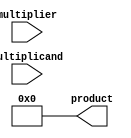
module booth_multiplier #(parameter WIDTH = 8) (
    input signed [WIDTH-1:0] multiplicand,
    input signed [WIDTH-1:0] multiplier,
    output reg signed [2*WIDTH-1:0] product
);

    // Booth encoding
    reg [WIDTH+1:0] booth_multiplier_reg;
    reg [WIDTH-1:0] partial_products [0:WIDTH]; // Array to hold partial products
    integer i;

    // Generate partial products based on Booth encoding
    always @(*) begin
        booth_multiplier_reg = {1'b0, multiplier, 1'b0}; // Extend multiplier with extra bits
        product = 0; // Initialize product

        // Generate partial products
        for (i = 0; i < WIDTH; i = i + 1) begin
            case (booth_multiplier_reg[i+1:i])
                2'b00: partial_products[i] = 0; // 0
                2'b01: partial_products[i] = multiplicand << i; // +M
                2'b10: partial_products[i] = -multiplicand << i; // -M
                2'b11: partial_products[i] = 0; // 0
            endcase
        end
    end

    // Wallace tree reduction
    wire [2*WIDTH-1:0] sum [0:WIDTH-1];
    wire [WIDTH-1:0] carry [0:WIDTH-1];

    // Initial stage of Wallace tree reduction
    generate
        genvar j;
        for (j = 0; j < WIDTH; j = j + 1) begin : reduction_stage
            if (j == 0) begin
                assign sum[j] = partial_products[j];
                assign carry[j] = 0;
            end else begin
                assign {carry[j], sum[j]} = partial_products[j] + sum[j-1];
            end
        end
    endgenerate

    // Final addition of reduced partial products
    always @(*) begin
        product = 0;
        for (i = 0; i < WIDTH; i = i + 1) begin
            product = product + sum[i] + carry[i];
        end
    end

endmodule